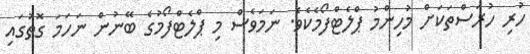
ހުރި ހުރަސްތަކަށް މުހިންމު ޕްލެޓްފޯމެކެވެ. ނަމަވެސް މި ޕްލެޓްފޯމުގެ ބޭނުން ނަހަމަ ގޮތުގައި